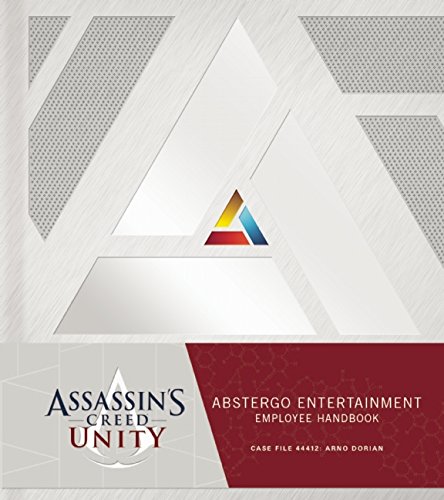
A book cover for Assassin's Creed Unity: Abstergo Entertainment: Employee Handbook; Christie Golden; Science Fiction & Fantasy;